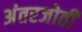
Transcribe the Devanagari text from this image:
अंतरजोती